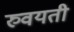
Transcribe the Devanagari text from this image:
रुवयती